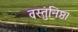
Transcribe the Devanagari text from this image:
वस्तुनिष्ठ।